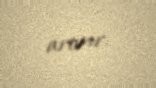
artırır.